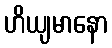
ဟိယျမာနော